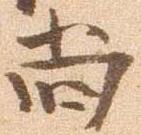
尚